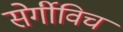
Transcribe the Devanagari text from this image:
सेर्गीविच